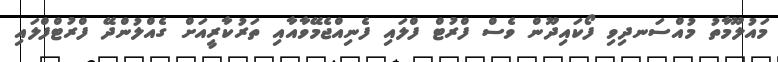
މައުލޫމާތު މުއްސަނދިވި ފޯކައިދޫން ވެސް ފްރުޓް ފްލައި ފެނިއްޖެމޭވާއާއި ތަރުކާރީއަށް ގެއްލުންދޭ ފްރުޓްފްލައި